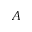
{ \cal A }